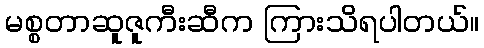
မစ္စတာဆူဇူကီးဆီက ကြားသိရပါတယ်။